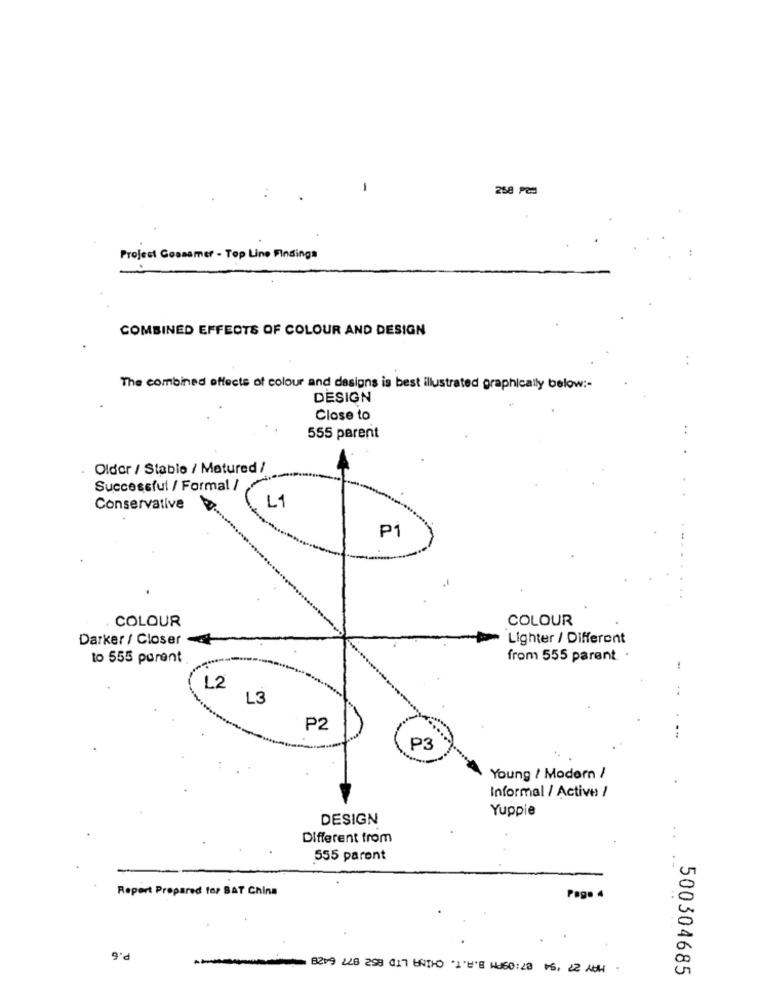
258 PC
Project Gossamer - Top Line Findings
COMBINED EFFECTS OF COLOUR AND DESIGN
The combined effects of colour and designs is best illustrated graphically below :-
DESIGN
Close to
..
555 parent
Older / Stable / Matured /
Successful / Formal /
L1
Conservative
P1
COLOUR
. COLOUR
Darker / Closer
Lighter / Different
to 555 porent
from 555 parent .
L2
..
L3
P2
P3
Young / Modern /
Informal / Active /
Yuppie
DESIGN
Different from
:
555 parent
--
Report Prepared for SAT China
Page 4
P.6
8219 228 298 017 ENTHO 1"L'E HU60: 28 16, 22 ACH.
500304685